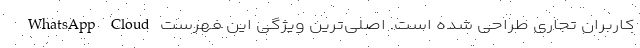
کاربران تجاری طراحی شده است. اصلی‌ترین ویژگی این فهرست WhatsApp Cloud